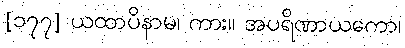
[၁၇၇] ယထာပိနာမ၊ ကား။ အပရိဏာယကော၊